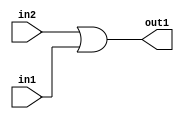
`timescale 1ps / 1ps
/*****************************************************************************
    Verilog RTL Description
    
    
    Created by: Stratus DpOpt 2019.1.01 
*******************************************************************************/

module st_weight_addr_gen_Or_1Ux1U_1U_4_9 (
	in2,
	in1,
	out1
	); /* architecture "behavioural" */ 
input  in2,
	in1;
output  out1;
wire  asc001;

assign asc001 = 
	(in2)
	|(in1);

assign out1 = asc001;
endmodule

/* CADENCE  urfwQgA= : u9/ySgnWtBlWxVPRXgAZ4Og= ** DO NOT EDIT THIS LINE ******/